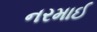
નરમાઈ